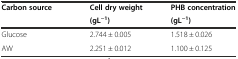
| <ROWSPAN=2> Carbon source | Cell dry weight | PHB concentration |
 | (gL−1) | (gL−1) |
 | --- | --- | --- |
 | Glucose | 2.744 ± 0.005 | 1.518 ± 0.026 |
 | AW | 2.251 ± 0.012 | 1.100 ± 0.125 |